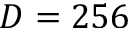
D = 2 5 6